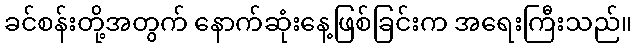
ခင်စန်းတို့အတွက် နောက်ဆုံးနေ့ဖြစ်ခြင်းက အရေးကြီးသည်။